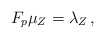
\begin{align*}F_p\mu_Z = \lambda_Z\,,\end{align*}